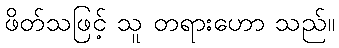
ဖိတ်သဖြင့် သူ တရားဟော သည်။